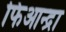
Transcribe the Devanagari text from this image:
फिआन्द्रा